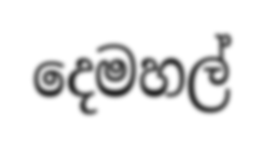
දෙමහල්